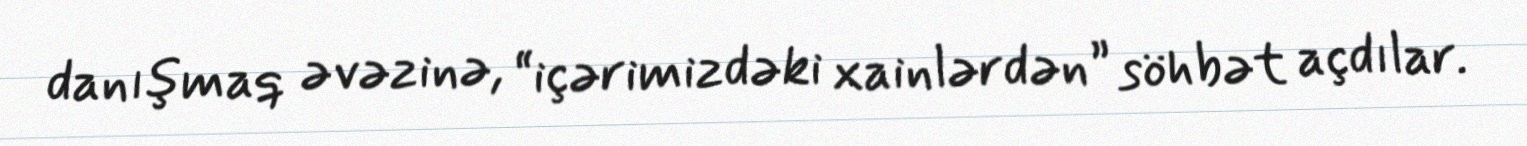
danışmaq əvəzinə, “içərimizdəki xainlərdən” söhbət açdılar.